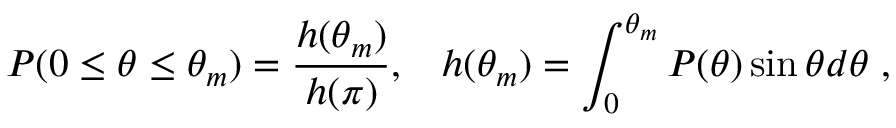
{ \cal P } ( 0 \le \theta \le \theta _ { m } ) = \frac { h ( \theta _ { m } ) } { h ( \pi ) } , \; \; \; h ( \theta _ { m } ) = \int _ { 0 } ^ { \theta _ { m } } P ( \theta ) \sin { \theta } d \theta \; ,